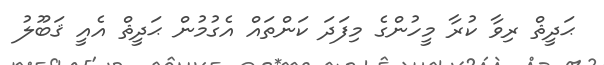
ޙަދީޘް ރިވާ ކުރާ މީހުންގެ މިފަދަ ކަންތައް އެގުމުން ޙަދީޘް އެއީ ޤަބޫލު